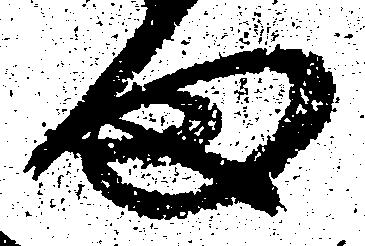
ま